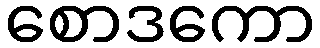
စောဒကော